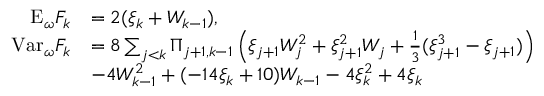
\begin{array} { r l } { \mathrm { E } _ { \omega } F _ { k } } & { = 2 ( \xi _ { k } + W _ { k - 1 } ) , } \\ { \mathrm { V a r } _ { \omega } F _ { k } } & { = 8 \sum _ { j < k } \Pi _ { j + 1 , k - 1 } \left( \xi _ { j + 1 } W _ { j } ^ { 2 } + \xi _ { j + 1 } ^ { 2 } W _ { j } + \frac { 1 } { 3 } ( \xi _ { j + 1 } ^ { 3 } - \xi _ { j + 1 } ) \right) } \\ & { - 4 W _ { k - 1 } ^ { 2 } + ( - 1 4 \xi _ { k } + 1 0 ) W _ { k - 1 } - 4 \xi _ { k } ^ { 2 } + 4 \xi _ { k } } \end{array}